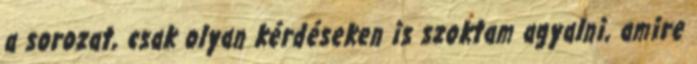
a sorozat, csak olyan kérdéseken is szoktam agyalni, amire